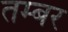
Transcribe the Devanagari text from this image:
तम्बर